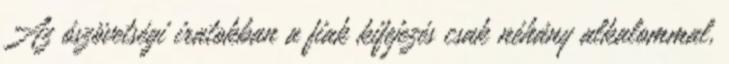
Az ószövetségi iratokban a fiak kifejezés csak néhány alkalommal,